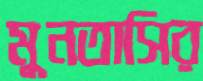
মুনতাসির